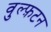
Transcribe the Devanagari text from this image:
वुल्फ़टन